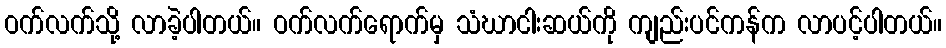
ဝက်လက်သို့ လာခဲ့ပါတယ်။ ဝက်လက်ရောက်မှ သံဃာငါးဆယ်ကို ကျည်းပင်ကန်က လာပင့်ပါတယ်။